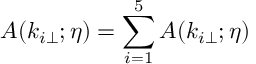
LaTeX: A ( k _ { i \perp } ; \eta ) = \sum _ { i = 1 } ^ { 5 } A ( k _ { i \perp } ; \eta )